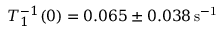
T _ { 1 } ^ { - 1 } ( 0 ) = 0 . 0 6 5 \pm 0 . 0 3 8 \mathrm { \, s ^ { - 1 } }